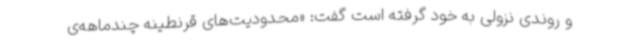
و روندی نزولی به خود گرفته است گفت: «محدودیت‌های قرنطینه چندماهه‌ی